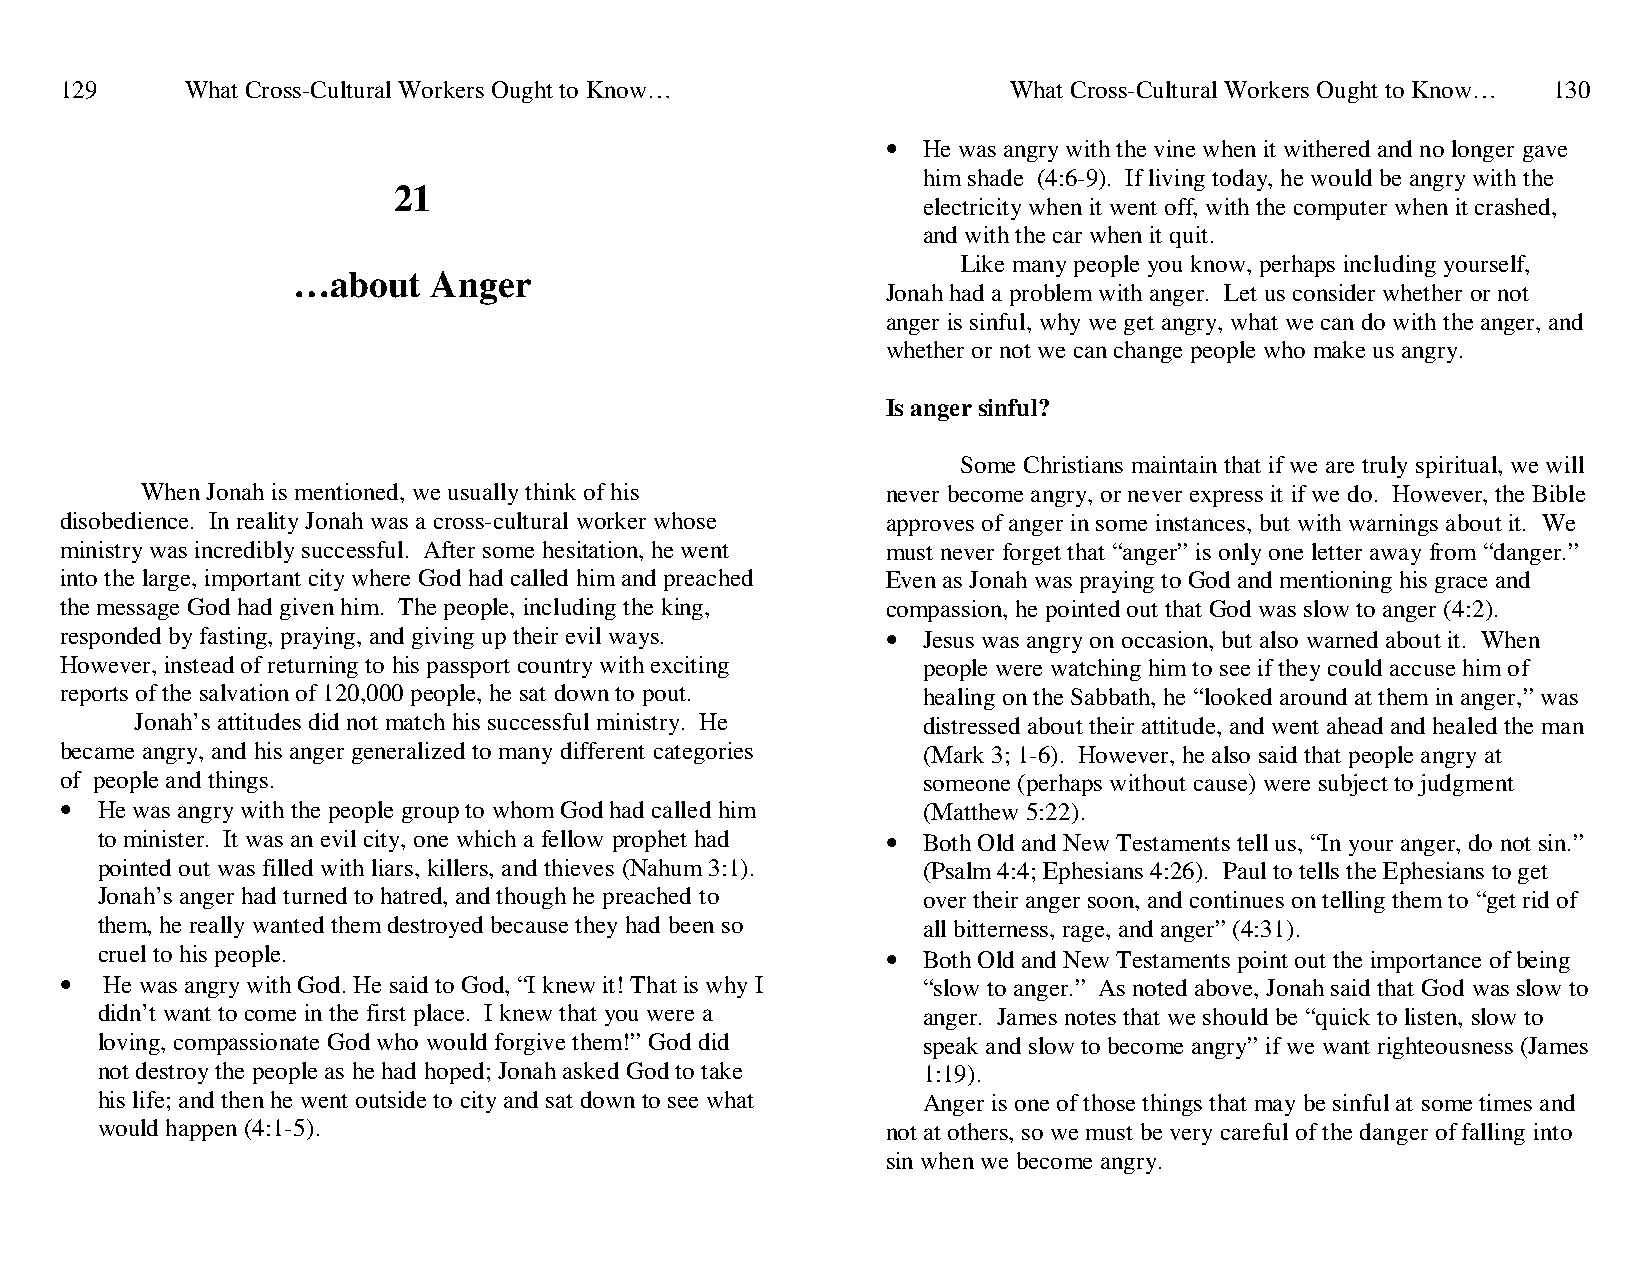
129     What Cross-Cultural Workers Ought to Know…             What Cross-Cultural Workers Ought to Know… 130
 • He was angry with the vine when it withered and no longer gave
 him shade (4:6-9). If living today, he would be angry with the
 21
 electricity when it went off, with the computer when it crashed,
 and with the car when it quit.
 Like many people you know, perhaps including yourself,
 …about    Anger
 Jonah had a problem with anger. Let us consider whether or not
 anger is sinful, why we get angry, what we can do with the anger, and
 whether or not we can change people who make us angry.
 Is anger sinful?
 Some Christians maintain that if we are truly spiritual, we will
 When Jonah is mentioned, we usually think of his  never become angry, or never express it if we do. However, the Bible
 disobedience. In reality Jonah was a cross-cultural worker whose approves of anger in some instances, but with warnings about it. We
 ministry was incredibly successful. After some hesitation, he went must never forget that “anger” is only one letter away from “danger.”
 into the large, important city where God had called him and preached Even as Jonah was praying to God and mentioning his grace and
 the message God had given him. The people, including the king, compassion, he pointed out that God was slow to anger (4:2).
 responded by fasting, praying, and giving up their evil ways. • Jesus was angry on occasion, but also warned about it. When
 However, instead of returning to his passport country with exciting people were watching him to see if they could accuse him of
 reports of the salvation of 120,000 people, he sat down to pout. healing on the Sabbath, he “looked around at them in anger,” was
 Jonah’s attitudes did not match his successful ministry. He distressed about their attitude, and went ahead and healed the man
 became angry, and his anger generalized to many different categories (Mark 3; 1-6). However, he also said that people angry at
 of people and things.                                    someone (perhaps without cause) were subject to judgment
 • He was angry with the people group to whom God had called him (Matthew 5:22).
 to minister. It was an evil city, one which a fellow prophet had • Both Old and New Testaments tell us, “In your anger, do not sin.”
 pointed out was filled with liars, killers, and thieves (Nahum 3:1). (Psalm 4:4; Ephesians 4:26). Paul to tells the Ephesians to get
 Jonah’s anger had turned to hatred, and though he preached to over their anger soon, and continues on telling them to “get rid of
 them, he really wanted them destroyed because they had been so all bitterness, rage, and anger” (4:31).
 cruel to his people.                                 • Both Old and New Testaments point out the importance of being
 •  He was angry with God. He said to God, “I knew it! That is why I “slow to anger.” As noted above, Jonah said that God was slow to
 didn’t want to come in the first place. I knew that you were a anger. James notes that we should be “quick to listen, slow to
 loving, compassionate God who would forgive them!” God did speak and slow to become angry” if we want righteousness (James
 not destroy the people as he had hoped; Jonah asked God to take 1:19).
 his life; and then he went outside to city and sat down to see what Anger is one of those things that may be sinful at some times and
 would happen (4:1-5).                                not at others, so we must be very careful of the danger of falling into
 sin when we become angry.